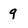
Character: q